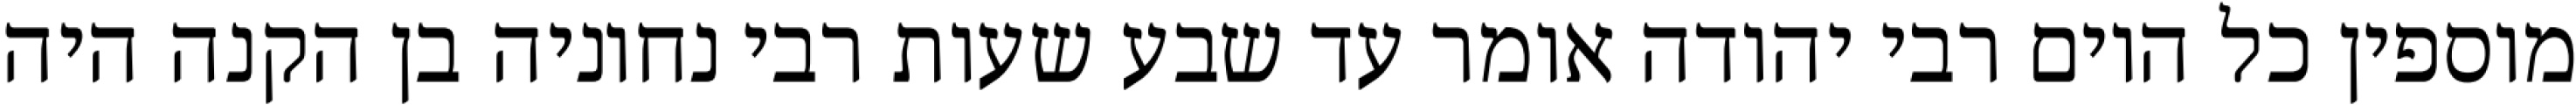
מוספין כל היום רבי יהודה אומר עד שבע שעות רבי נחוניה בן הקנה היה